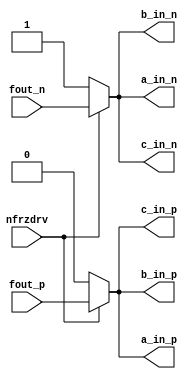
// This program was cloned from: https://github.com/intel/aib-phy-hardware
// License: Apache License 2.0

// SPDX-License-Identifier: Apache-2.0
// Copyright (C) 2019 Intel Corporation. All rights reserved

//---------------------------------------------------------------------------------------------------------------------------------------------
//  io_dly_interpclk
//---------------------------------------------------------------------------------------------------------------------------------------------

module io_dly_interpclk (
input         nfrzdrv,
input         fout_p,
input         fout_n,
output        a_in_p,
output        b_in_p,
output        c_in_p,
output        a_in_n,
output        b_in_n,
output        c_in_n
);

`ifdef TIMESCALE_EN
		timeunit 1ps; 
		timeprecision 1ps; 
`endif

parameter   NAND_DELAY = 20;

assign #(0 * NAND_DELAY) a_in_p = nfrzdrv? fout_p : 1'b0;
assign #(2 * NAND_DELAY) b_in_p = nfrzdrv? fout_p : 1'b0;
assign #(4 * NAND_DELAY) c_in_p = nfrzdrv? fout_p : 1'b0;

assign #(0 * NAND_DELAY) a_in_n = nfrzdrv? fout_n : 1'b1;
assign #(2 * NAND_DELAY) b_in_n = nfrzdrv? fout_n : 1'b1;
assign #(4 * NAND_DELAY) c_in_n = nfrzdrv? fout_n : 1'b1;

/*
io_interp_basecap xxcapap (
.cin	(a_in_p	)
);

io_interp_basecap xxcapbp (
.cin	(b_in_p	)
);

io_interp_basecap xxcapcp (
.cin	(c_in_p	)
);

io_interp_basecap xxcapan (
.cin	(a_in_n	)
);

io_interp_basecap xxcapbn (
.cin	(b_in_n	)
);

io_interp_basecap xxcapcn (
.cin	(c_in_n	)
);

*/

endmodule